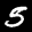
Label: 5